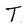
Character: T